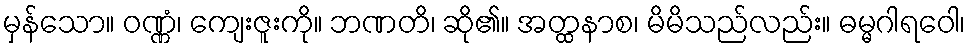
မှန်သော။ ဝဏ္ဏံ၊ ကျေးဇူးကို။ ဘဏတိ၊ ဆို၏။ အတ္ထနာစ၊ မိမိသည်လည်း။ ဓမ္မဂါရဝေါ၊